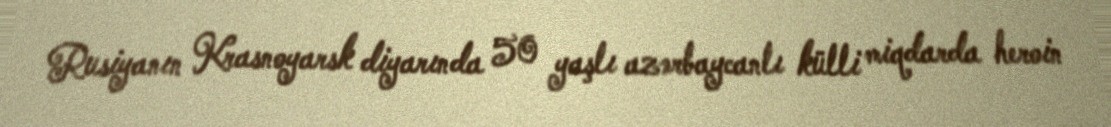
Rusiyanın Krasnoyarsk diyarında 50 yaşlı azərbaycanlı külli miqdarda heroin